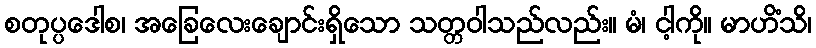
စတုပ္ပဒေါစ၊ အခြေလေးချောင်းရှိသော သတ္တဝါသည်လည်း။ မံ၊ ငါ့ကို။ မာဟိံသိ၊